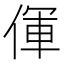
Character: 㑮